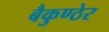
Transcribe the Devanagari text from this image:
बैकुण्ठेर